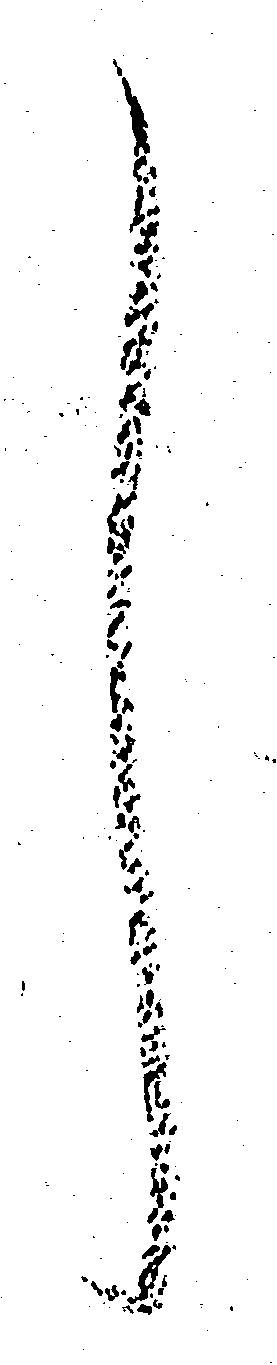
し